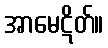
အာမေဋိတ်။